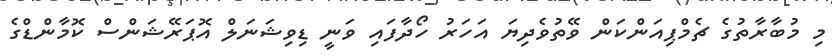
މި މުބާރާތުގެ ޗެމްޕިއަންކަން ވޭތުވެދިޔަ އަހަރު ހޯދާފައި ވަނީ ޑިވިޝަނަލް އޮޕަރޭޝަންސް ކޮމާންޑްގެ